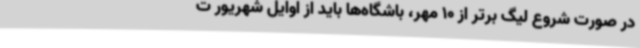
در صورت شروع لیگ برتر از 10 مهر، باشگاه‌ها باید از اوایل شهریور ت